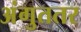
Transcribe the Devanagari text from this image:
अंगुततर